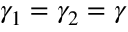
\gamma _ { 1 } = \gamma _ { 2 } = \gamma